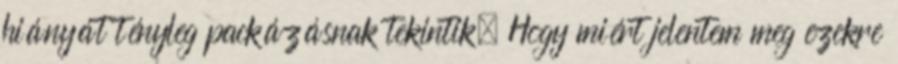
hiányát tény­leg packázásnak tekintik. Hogy miért jelentem meg ezekre